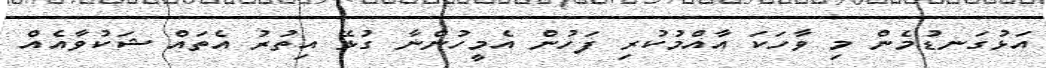
އަޅުގަނޑުމެން މި ވާހަކަ އާއްމުކުރި ފަހުން އެމީހުންނާ ގުޅޭ އިތުރު އެތައް ޝަކުވާއެއް